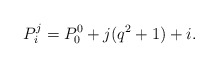
\begin{align*}P_i^j=P_0^0+j(q^2+1)+i.\end{align*}